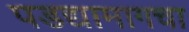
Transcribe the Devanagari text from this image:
पडद्यामागचा